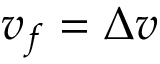
v _ { f } = \Delta v